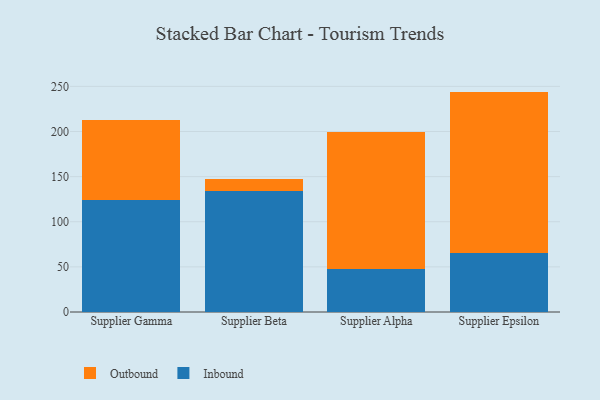
{"axis": {"x": "Supplier", "y": "Inventory Turnover"}, "legend": ["Inbound", "Outbound"], "data": [{"x": "Supplier Gamma", "y": 123.8, "type": "Inbound"}, {"x": "Supplier Gamma", "y": 88.6, "type": "Outbound"}, {"x": "Supplier Beta", "y": 133.6, "type": "Inbound"}, {"x": "Supplier Beta", "y": 13.3, "type": "Outbound"}, {"x": "Supplier Alpha", "y": 47.5, "type": "Inbound"}, {"x": "Supplier Alpha", "y": 151.7, "type": "Outbound"}, {"x": "Supplier Epsilon", "y": 65.8, "type": "Inbound"}, {"x": "Supplier Epsilon", "y": 178.4, "type": "Outbound"}]}